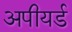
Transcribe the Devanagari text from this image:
अपीयर्ड